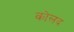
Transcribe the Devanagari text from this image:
कोलद